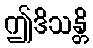
ဤဒိသန္တိ